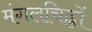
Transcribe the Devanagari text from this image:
मंगलचिह्नों